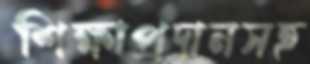
শিক্ষাপ্রদানসহ